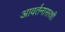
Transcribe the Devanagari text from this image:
आवर्तनासरशी